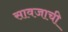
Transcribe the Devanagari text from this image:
सावजाची